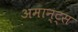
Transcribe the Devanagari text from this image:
अमान्ट्स